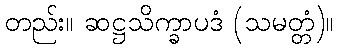
တည်း။ ဆဋ္ဌသိက္ခာပဒံ (သမတ္တံ)။